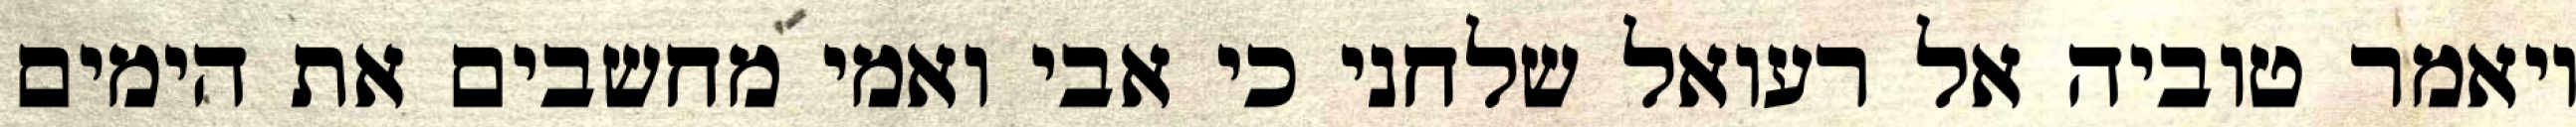
ויאמר טוביה אל רעואל שלחני כי אבי ואמי מחשבים את הימים